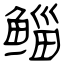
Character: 鲻